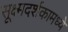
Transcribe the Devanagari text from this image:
सूक्ष्मदर्शकामध्ये